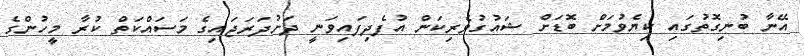
އޭނާ ބުނިގޮތުގައި ކިޔެވުމަށް ބޮޑަށް ޝައުގުވެރިކަން އުފެދިފައިވަނީ ދަށުދަރަޖައިގެ މަސައްކަތް ކުރާ މީހުންގެ